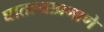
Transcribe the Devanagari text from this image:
घातल्याप्रमाणे